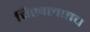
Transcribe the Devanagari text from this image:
चिखलातच